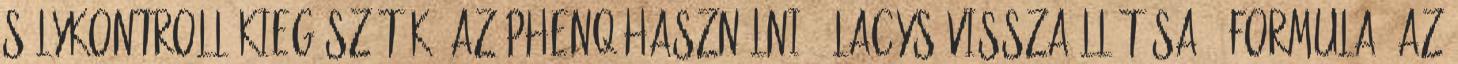
súlykontroll-kiegészítők, az PhenQ használni α-Lacys visszaállítása ® formula. Az